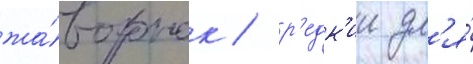
жа́воронок / р'едк'ии дл'я́